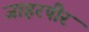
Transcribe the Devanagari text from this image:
जाहरपीर